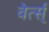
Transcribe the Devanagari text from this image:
वेर्त्स्